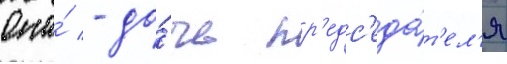
Она́ - до́чь пр'едс'еда́т'ел'я